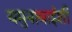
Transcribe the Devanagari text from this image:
यमुनाबाईशी